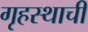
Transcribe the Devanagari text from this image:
गृहस्थाची